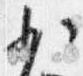
少